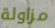
مزاولة